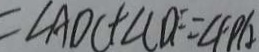
= \angle A D C + \angle C D F = \angle F P A